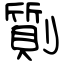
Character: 劕